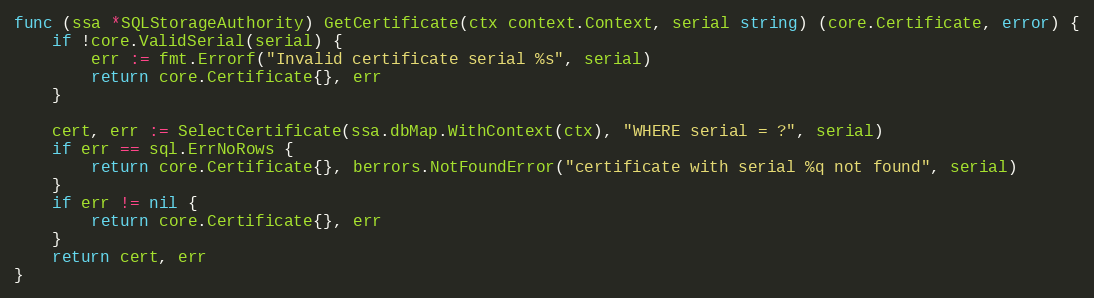
Language: Go
func (ssa *SQLStorageAuthority) GetCertificate(ctx context.Context, serial string) (core.Certificate, error) {
	if !core.ValidSerial(serial) {
		err := fmt.Errorf("Invalid certificate serial %s", serial)
		return core.Certificate{}, err
	}

	cert, err := SelectCertificate(ssa.dbMap.WithContext(ctx), "WHERE serial = ?", serial)
	if err == sql.ErrNoRows {
		return core.Certificate{}, berrors.NotFoundError("certificate with serial %q not found", serial)
	}
	if err != nil {
		return core.Certificate{}, err
	}
	return cert, err
}